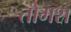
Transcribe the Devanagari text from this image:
तोमश